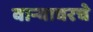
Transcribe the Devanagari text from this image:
वाऱ्यावरचे